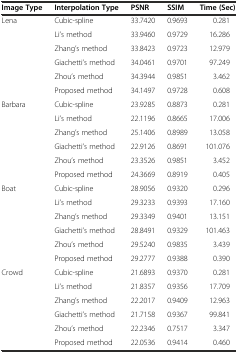
| Image Type | Interpolation Type | PSNR | SSIM | Time (Sec) |
 | --- | --- | --- | --- | --- |
 | <ROWSPAN=6> Lena | Cubic-spline | 33.7420 | 0.9693 | 0.281 |
 | Li’s method | 33.9460 | 0.9729 | 16.286 |
 | Zhang’s method | 33.8423 | 0.9723 | 12.979 |
 | Giachetti’s method | 34.0461 | 0.9701 | 97.249 |
 | Zhou’s method | 34.3944 | 0.9851 | 3.462 |
 | Proposed method | 34.1497 | 0.9728 | 0.608 |
 | <ROWSPAN=6> Barbara | Cubic-spline | 23.9285 | 0.8873 | 0.281 |
 | Li’s method | 22.1196 | 0.8665 | 17.006 |
 | Zhang’s method | 25.1406 | 0.8989 | 13.058 |
 | Giachetti’s method | 22.9126 | 0.8691 | 101.076 |
 | Zhou’s method | 23.3526 | 0.9851 | 3.452 |
 | Proposed method | 24.3669 | 0.8919 | 0.405 |
 | <ROWSPAN=6> Boat | Cubic-spline | 28.9056 | 0.9320 | 0.296 |
 | Li’s method | 29.3233 | 0.9393 | 17.160 |
 | Zhang’s method | 29.3349 | 0.9401 | 13.151 |
 | Giachetti’s method | 28.8491 | 0.9329 | 101.463 |
 | Zhou’s method | 29.5240 | 0.9835 | 3.439 |
 | Proposed method | 29.2777 | 0.9388 | 0.390 |
 | <ROWSPAN=5> Crowd | Cubic-spline | 21.6893 | 0.9370 | 0.281 |
 | Li’s method | 21.8357 | 0.9356 | 17.709 |
 | Zhang’s method | 22.2017 | 0.9409 | 12.963 |
 | Giachetti’s method | 21.7158 | 0.9367 | 99.841 |
 | Zhou’s method | 22.2346 | 0.7517 | 3.347 |
 |  | Proposed method | 22.0536 | 0.9414 | 0.460 |